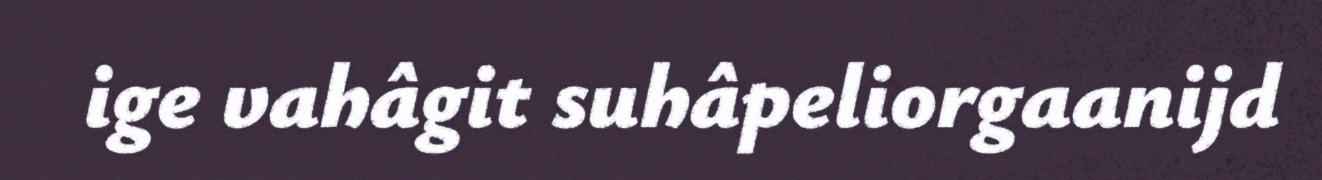
ige vahâgit suhâpeliorgaanijd